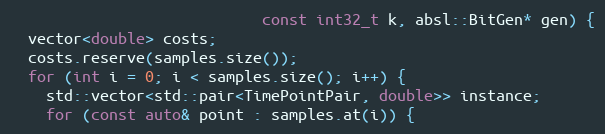
Language: C++
                            const int32_t k, absl::BitGen* gen) {
  vector<double> costs;
  costs.reserve(samples.size());
  for (int i = 0; i < samples.size(); i++) {
    std::vector<std::pair<TimePointPair, double>> instance;
    for (const auto& point : samples.at(i)) {